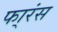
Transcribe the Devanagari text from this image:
फा्रंस